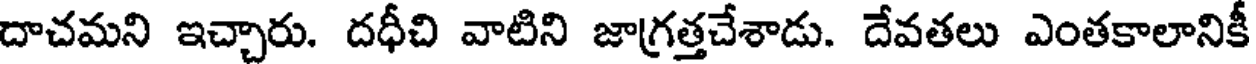
దాచమని ఇచ్చారు. దధీచి వాటిని జాగ్రత్తచేశాడు. దేవతలు ఎంతకాలానికీ